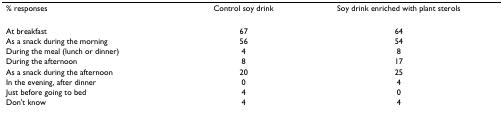
| % responses | Control soy drink | Soy drink enriched with plant sterols |
 | --- | --- | --- |
 | At breakfast | 67 | 64 |
 | As a snack during the morning | 56 | 54 |
 | During the meal (lunch or dinner) | 4 | 8 |
 | During the afternoon | 8 | 17 |
 | As a snack during the afternoon | 20 | 25 |
 | In the evening, after dinner | 0 | 4 |
 | Just before going to bed | 4 | 0 |
 | Don't know | 4 | 4 |